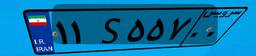
۶۷S۸۴۱۷۱